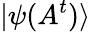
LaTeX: |\psi(A^{t})\rangle